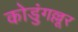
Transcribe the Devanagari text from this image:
कोडुंगल्लूर